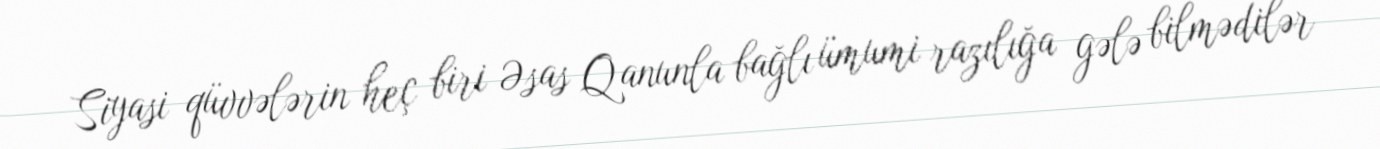
Siyasi qüvvələrin heç biri Əsas Qanunla bağlı ümumi razılığa gələ bilmədilər